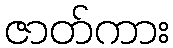
ဇာတ်ကား